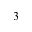
3